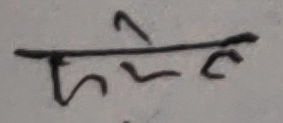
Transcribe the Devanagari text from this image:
कौने